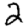
Digit: 2